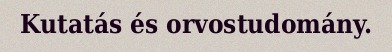
Kutatás és orvostudomány.